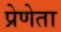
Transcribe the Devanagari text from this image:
प्रेणेता